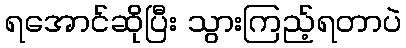
ရအောင်ဆိုပြီး သွားကြည့်ရတာပဲ